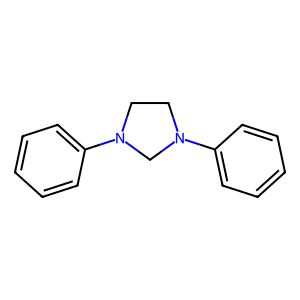
SMILES: c1ccc(N2CCN(c3ccccc3)C2)cc1
Inhibits HIV replication: No